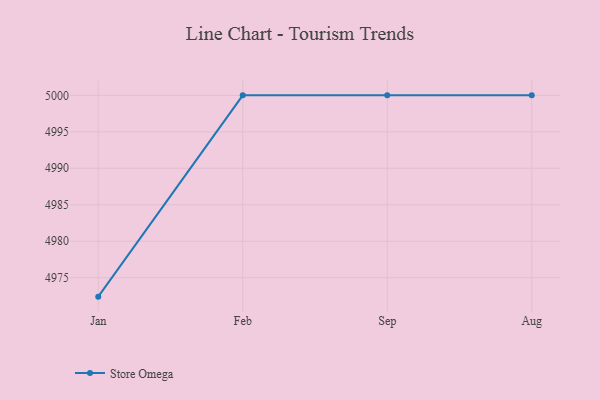
{"axis": {"x": "Month", "y": "Market Share (%)"}, "legend": ["Store Omega"], "data": [{"x": "Jan", "y": 4972.4, "type": "Store Omega"}, {"x": "Feb", "y": 5000, "type": "Store Omega"}, {"x": "Sep", "y": 5000, "type": "Store Omega"}, {"x": "Aug", "y": 5000, "type": "Store Omega"}]}